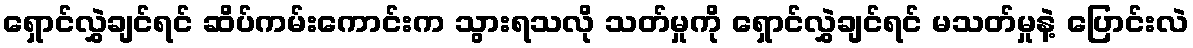
ရှောင်လွှဲချင်ရင် ဆိပ်ကမ်းကောင်းက သွားရသလို သတ်မှုကို ရှောင်လွှဲချင်ရင် မသတ်မှုနဲ့ ပြောင်းလဲ